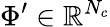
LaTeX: \Phi^{\prime}\in\mathbb{R}^{N_{c}}